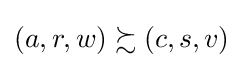
\left(a,r,w\right)\succsim \left(c,s,v\right)